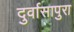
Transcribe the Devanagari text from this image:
दुर्वासापुरा